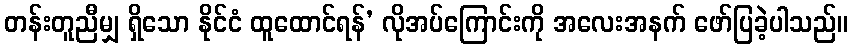
တန်းတူညီမျှ ရှိသော နိုင်ငံ ထူထောင်ရန်’ လိုအပ်ကြောင်းကို အလေးအနက် ဖော်ပြခဲ့ပါသည်။